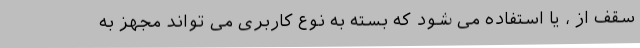
سقف از ، یا استفاده می شود که بسته به نوع کاربری می تواند مجهز به